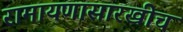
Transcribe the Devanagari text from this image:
रामायणासारखीच